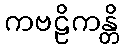
ကဗဠိကန္တိ